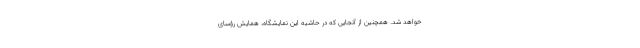
خواهد شد. همچنین از آنجایی که در حاشیه این نمایشگاه، همایش رؤسای